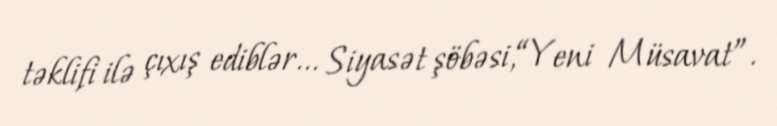
təklifi ilə çıxış ediblər... Siyasət şöbəsi,“Yeni Müsavat”.